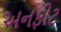
અનફીટ